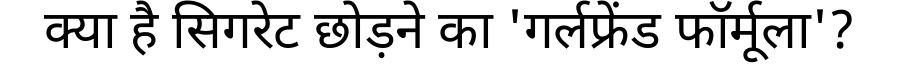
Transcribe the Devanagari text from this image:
क्या है सिगरेट छोड़ने का 'गर्लफ्रेंड फॉर्मूला'?